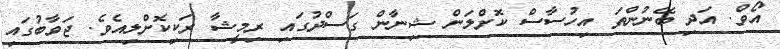
އޯވް. އަދި ބޭނުންތަ އިހުސާސް ކޮށްލަން ޝިނާން ގަސްދުގައި ރިމީޝާ ރަކިކޮށްލިއެވެ. ޖަވާބުގައި